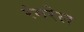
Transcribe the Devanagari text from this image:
रंगरेल